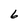
Character: 6